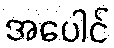
အပေါင်